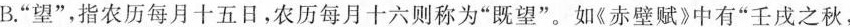
B.”望”，指农历每月十五日，农历每月十六则称为”既望”。如《赤壁赋》中有”壬戌之秋，